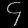
Digit: ၄